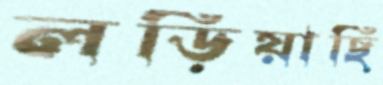
লড়িয়াছি